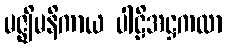
မဇ္ဈိမနိကာယ ပါဠိအဋ္ဌကထာ